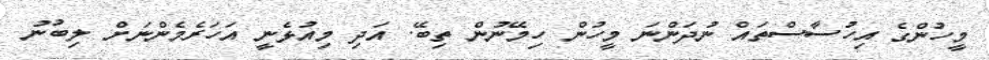
މީހުންގެ އިހުސާސްތައް ނުދަންނަ މީހުން ހިމޭނުން ތިބޭ. އަދި މިއުޅެނީ އަހަރެމެންނަށް ލިބުނު